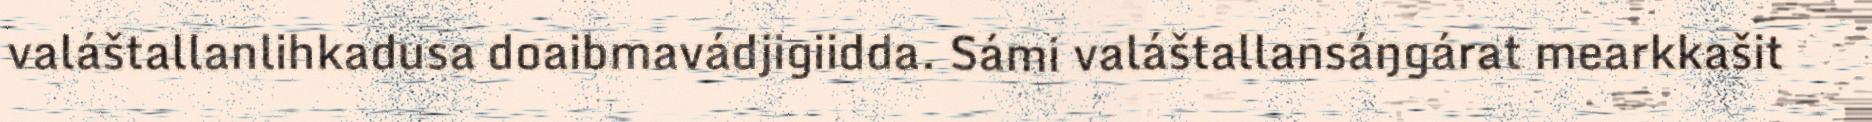
valáštallanlihkadusa doaibmavádjigiidda. Sámi valáštallansáŋgárat mearkkašit